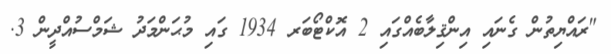
"ރައްޔިތުން ގެނައި އިންޤިލާބެއްގައި 2 އޮކްޓޯބަރ 1934 ގައި މުޙަންމަދު ޝަމްސުއްދީން 3.